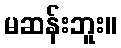
မဆန်းဘူး။